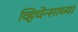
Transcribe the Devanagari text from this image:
व्हिचेन्साच्या